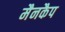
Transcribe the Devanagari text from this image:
मैनकैप